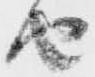
由